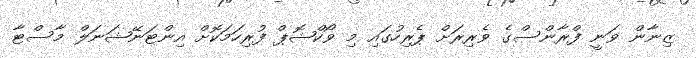
ޒިނާން ވަނީ ފްރާންސްގެ ވެރިރަށް ޕެރިހުގައި މި ވޯކްޝޮޕް ފުރިހަމަކޮށް އިންޓަނޭޝަނަލް މާސްޓާ